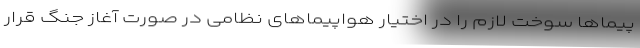
پیماها سوخت لازم را در اختیار هواپیماهای نظامی در صورت آغاز جنگ قرار